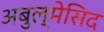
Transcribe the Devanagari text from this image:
अबुल्मेसिद